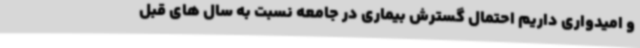
و امیدواری داریم احتمال گسترش بیماری در جامعه نسبت به سال های قبل